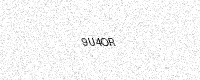
Text: 9U4OR